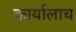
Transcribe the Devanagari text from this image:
कार्यालाच